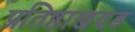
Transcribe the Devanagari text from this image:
प्रतिष्ठाखण्ड